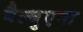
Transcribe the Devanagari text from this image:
बैल्बुएना